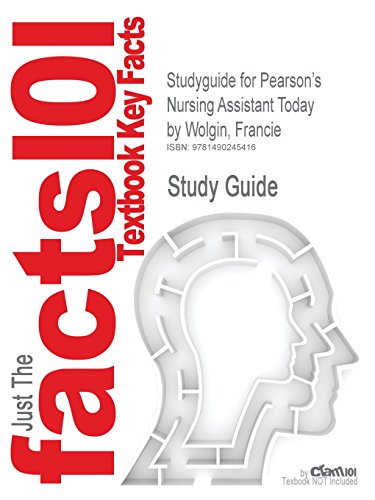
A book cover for Studyguide for Pearson's Nursing Assistant Today by Wolgin, Francie, ISBN 9780135064429; Cram101 Textbook Reviews; Medical Books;